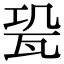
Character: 𤬳